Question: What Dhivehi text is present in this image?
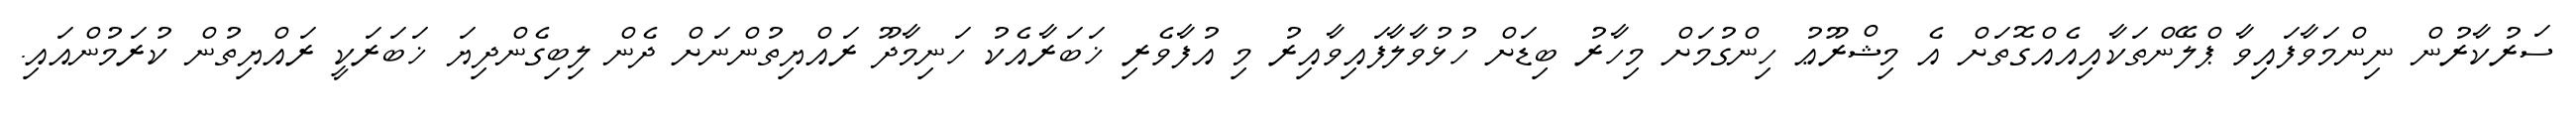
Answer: ސަރުކާރުން ނިންމަވާފައިވާ ޕްލޭންތަކާއިއެއްގޮތަށް އެ މިޝްރޫޢު ހިންގުމަށް މިހާރު ބިޑަށް ހުޅުވާލާފައިވާއިރު މި އުފާވެރި ޚަބަރާއެކު ހަނިމާދޫ ރައްޔިތުންނަށް ދެން ލިބިގެންދިޔަ ޚަބަރަކީ ރައްޔިތުން ކުރަމުންއައި.